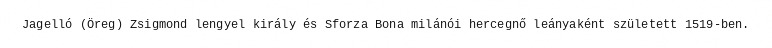
Jagelló (Öreg) Zsigmond lengyel király és Sforza Bona milánói hercegnő leányaként született 1519-ben.